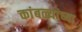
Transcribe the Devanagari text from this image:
कांबळ्यांच्या